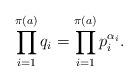
LaTeX: \begin{align*} \prod_{i = 1}^{\pi(a)} q_i = \prod_{i = 1}^{\pi(a)}p_i^{\alpha_i}. \end{align*}